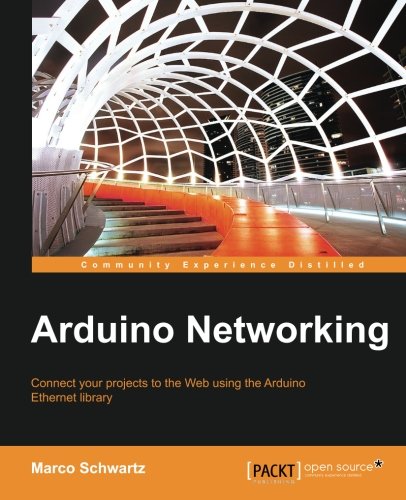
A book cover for Arduino Networking; Marco Schwartz; Computers & Technology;